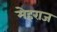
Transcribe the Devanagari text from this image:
मेहराज